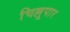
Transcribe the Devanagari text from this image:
चिल्लूपार